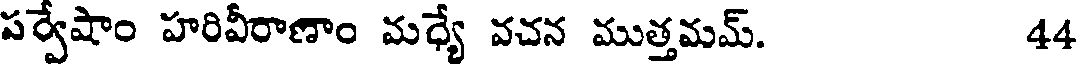
పర్వేషాం హరివీరాణాం మధ్యే వచన ముత్తమమ్. 44